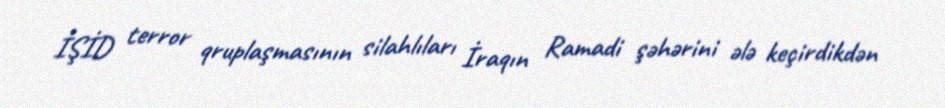
İŞİD terror qruplaşmasının silahlıları İraqın Ramadi şəhərini ələ keçirdikdən